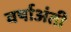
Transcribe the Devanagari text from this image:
वर्षाअंती